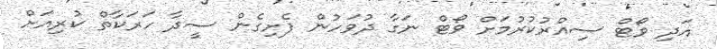
އަދި ވޯޓް ސިއްރުކުރުމަށް ވޯޓް ނަގާ ދުވަހުން ފެށިގެން ސީދާ ހަރަކާތް ކުރިއަށް